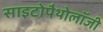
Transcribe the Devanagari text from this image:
साइटोपैथोलॉजी